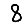
Digit: 8